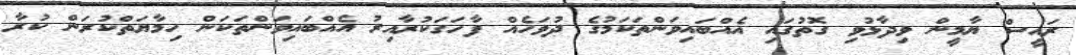
ރައީސް ޔާމީން ވިދާޅުވި ގޮތުގައި އެއްބައިވަންތަކަމުގެ ދުވަހެއް ފާހަގަކުރާއިރު އެއްބައިވަންތަކަން ހިމާޔަތްކުރަން ކުރާ